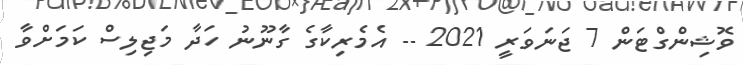
ވޮޝިންގްޓަން 7 ޖަނަވަރީ 2021 -- އެމެރިކާގެ ގާނޫނު ހަދާ މަޖިލިސް ކަމަށްވާ